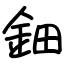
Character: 鈿